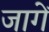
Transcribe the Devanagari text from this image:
जागें